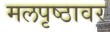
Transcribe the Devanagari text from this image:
मलपृष्ठावर